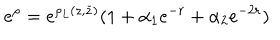
e ^ { \rho } = e ^ { \rho _ { L } ( z , \bar { z } ) } ( 1 + \alpha _ { 1 } e ^ { - r } + \alpha _ { 2 } e ^ { - 2 r } )